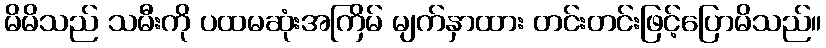
မိမိသည် သမီးကို ပထမဆုံးအကြိမ် မျက်နှာထား တင်းတင်းဖြင့်ပြောမိသည်။